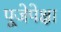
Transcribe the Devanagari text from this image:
पूजेपेक्षा